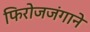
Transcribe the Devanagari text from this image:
फिरोजजंगाने